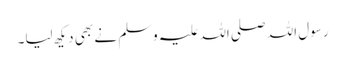
رسول اللہ صلی اللہ علیہ وسلم نے بھی دیکھ لیا۔